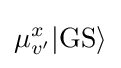
\mu _{v'}^{x}|\mathrm {GS} \rangle